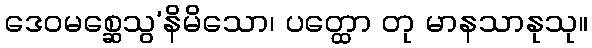
ဒေဝမစ္ဆေသွ’နိမိသော၊ ပတ္ထော တု မာနသာနုသု။